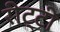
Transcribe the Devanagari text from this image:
रीट्टी